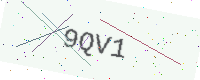
Text: 9QV1